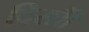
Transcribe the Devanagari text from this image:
बिसौी